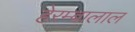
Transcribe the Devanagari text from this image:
हेरम्बालाल